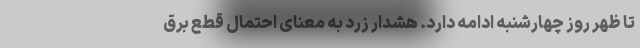
تا ظهر روز چهارشنبه ادامه دارد. هشدار زرد به معنای احتمال قطع برق